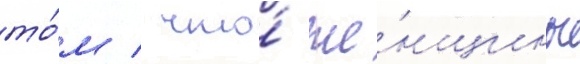
то́м / что́ же́нщины